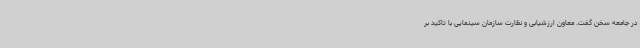
در جامعه سخن گفت. معاون ارزشیابی و نظارت سازمان سینمایی با تاکید بر